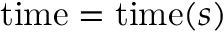
{ \mathrm { t i m e } } = \operatorname { t i m e } ( s )